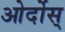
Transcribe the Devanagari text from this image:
ओर्दोस्